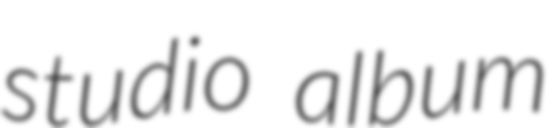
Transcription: studio album